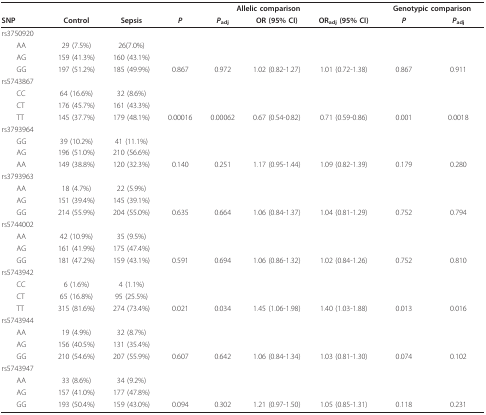
<table><thead><tr><td></td><td></td><td></td><td colspan="4"><b>Allelic comparison</b></td><td colspan="2"><b>Genotypic comparison</b></td></tr><tr><td><b>SNP</b></td><td><b>Control</b></td><td><b>Sepsis</b></td><td><b><i>P</i></b></td><td><b><i>P</i><sub>adj</sub></b></td><td><b>OR (95% CI)</b></td><td><b>OR<sub>adj </sub>(95% CI)</b></td><td><b><i>P</i></b></td><td><b><i>P</i><sub>adj</sub></b></td></tr></thead><tbody><tr><td>rs3750920</td><td></td><td></td><td></td><td></td><td></td><td></td><td></td><td></td></tr><tr><td> AA</td><td>29 (7.5%)</td><td>26(7.0%)</td><td></td><td></td><td></td><td></td><td></td><td></td></tr><tr><td> AG</td><td>159 (41.3%)</td><td>160 (43.1%)</td><td></td><td></td><td></td><td></td><td></td><td></td></tr><tr><td> GG</td><td>197 (51.2%)</td><td>185 (49.9%)</td><td>0.867</td><td>0.972</td><td>1.02 (0.82-1.27)</td><td>1.01 (0.72-1.38)</td><td>0.867</td><td>0.911</td></tr><tr><td>rs5743867</td><td></td><td></td><td></td><td></td><td></td><td></td><td></td><td></td></tr><tr><td> CC</td><td>64 (16.6%)</td><td>32 (8.6%)</td><td></td><td></td><td></td><td></td><td></td><td></td></tr><tr><td> CT</td><td>176 (45.7%)</td><td>161 (43.3%)</td><td></td><td></td><td></td><td></td><td></td><td></td></tr><tr><td> TT</td><td>145 (37.7%)</td><td>179 (48.1%)</td><td>0.00016</td><td>0.00062</td><td>0.67 (0.54-0.82)</td><td>0.71 (0.59-0.86)</td><td>0.001</td><td>0.0018</td></tr><tr><td>rs3793964</td><td></td><td></td><td></td><td></td><td></td><td></td><td></td><td></td></tr><tr><td> GG</td><td>39 (10.2%)</td><td>41 (11.1%)</td><td></td><td></td><td></td><td></td><td></td><td></td></tr><tr><td> AG</td><td>196 (51.0%)</td><td>210 (56.6%)</td><td></td><td></td><td></td><td></td><td></td><td></td></tr><tr><td> AA</td><td>149 (38.8%)</td><td>120 (32.3%)</td><td>0.140</td><td>0.251</td><td>1.17 (0.95-1.44)</td><td>1.09 (0.82-1.39)</td><td>0.179</td><td>0.280</td></tr><tr><td>rs3793963</td><td></td><td></td><td></td><td></td><td></td><td></td><td></td><td></td></tr><tr><td> AA</td><td>18 (4.7%)</td><td>22 (5.9%)</td><td></td><td></td><td></td><td></td><td></td><td></td></tr><tr><td> AG</td><td>151 (39.4%)</td><td>145 (39.1%)</td><td></td><td></td><td></td><td></td><td></td><td></td></tr><tr><td> GG</td><td>214 (55.9%)</td><td>204 (55.0%)</td><td>0.635</td><td>0.664</td><td>1.06 (0.84-1.37)</td><td>1.04 (0.81-1.29)</td><td>0.752</td><td>0.794</td></tr><tr><td>rs5744002</td><td></td><td></td><td></td><td></td><td></td><td></td><td></td><td></td></tr><tr><td> AA</td><td>42 (10.9%)</td><td>35 (9.5%)</td><td></td><td></td><td></td><td></td><td></td><td></td></tr><tr><td> AG</td><td>161 (41.9%)</td><td>175 (47.4%)</td><td></td><td></td><td></td><td></td><td></td><td></td></tr><tr><td> GG</td><td>181 (47.2%)</td><td>159 (43.1%)</td><td>0.591</td><td>0.694</td><td>1.06 (0.86-1.32)</td><td>1.02 (0.84-1.26)</td><td>0.752</td><td>0.810</td></tr><tr><td>rs5743942</td><td></td><td></td><td></td><td></td><td></td><td></td><td></td><td></td></tr><tr><td> CC</td><td>6 (1.6%)</td><td>4 (1.1%)</td><td></td><td></td><td></td><td></td><td></td><td></td></tr><tr><td> CT</td><td>65 (16.8%)</td><td>95 (25.5%)</td><td></td><td></td><td></td><td></td><td></td><td></td></tr><tr><td> TT</td><td>315 (81.6%)</td><td>274 (73.4%)</td><td>0.021</td><td>0.034</td><td>1.45 (1.06-1.98)</td><td>1.40 (1.03-1.88)</td><td>0.013</td><td>0.016</td></tr><tr><td>rs5743944</td><td></td><td></td><td></td><td></td><td></td><td></td><td></td><td></td></tr><tr><td> AA</td><td>19 (4.9%)</td><td>32 (8.7%)</td><td></td><td></td><td></td><td></td><td></td><td></td></tr><tr><td> AG</td><td>156 (40.5%)</td><td>131 (35.4%)</td><td></td><td></td><td></td><td></td><td></td><td></td></tr><tr><td> GG</td><td>210 (54.6%)</td><td>207 (55.9%)</td><td>0.607</td><td>0.642</td><td>1.06 (0.84-1.34)</td><td>1.03 (0.81-1.30)</td><td>0.074</td><td>0.102</td></tr><tr><td>rs5743947</td><td></td><td></td><td></td><td></td><td></td><td></td><td></td><td></td></tr><tr><td> AA</td><td>33 (8.6%)</td><td>34 (9.2%)</td><td></td><td></td><td></td><td></td><td></td><td></td></tr><tr><td> AG</td><td>157 (41.0%)</td><td>177 (47.8%)</td><td></td><td></td><td></td><td></td><td></td><td></td></tr><tr><td> GG</td><td>193 (50.4%)</td><td>159 (43.0%)</td><td>0.094</td><td>0.302</td><td>1.21 (0.97-1.50)</td><td>1.05 (0.85-1.31)</td><td>0.118</td><td>0.231</td></tr></tbody></table>